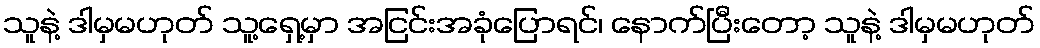
သူနဲ့ ဒါမှမဟုတ် သူ့ရှေ့မှာ အငြင်းအခုံပြောရင်၊ နောက်ပြီးတော့ သူနဲ့ ဒါမှမဟုတ်